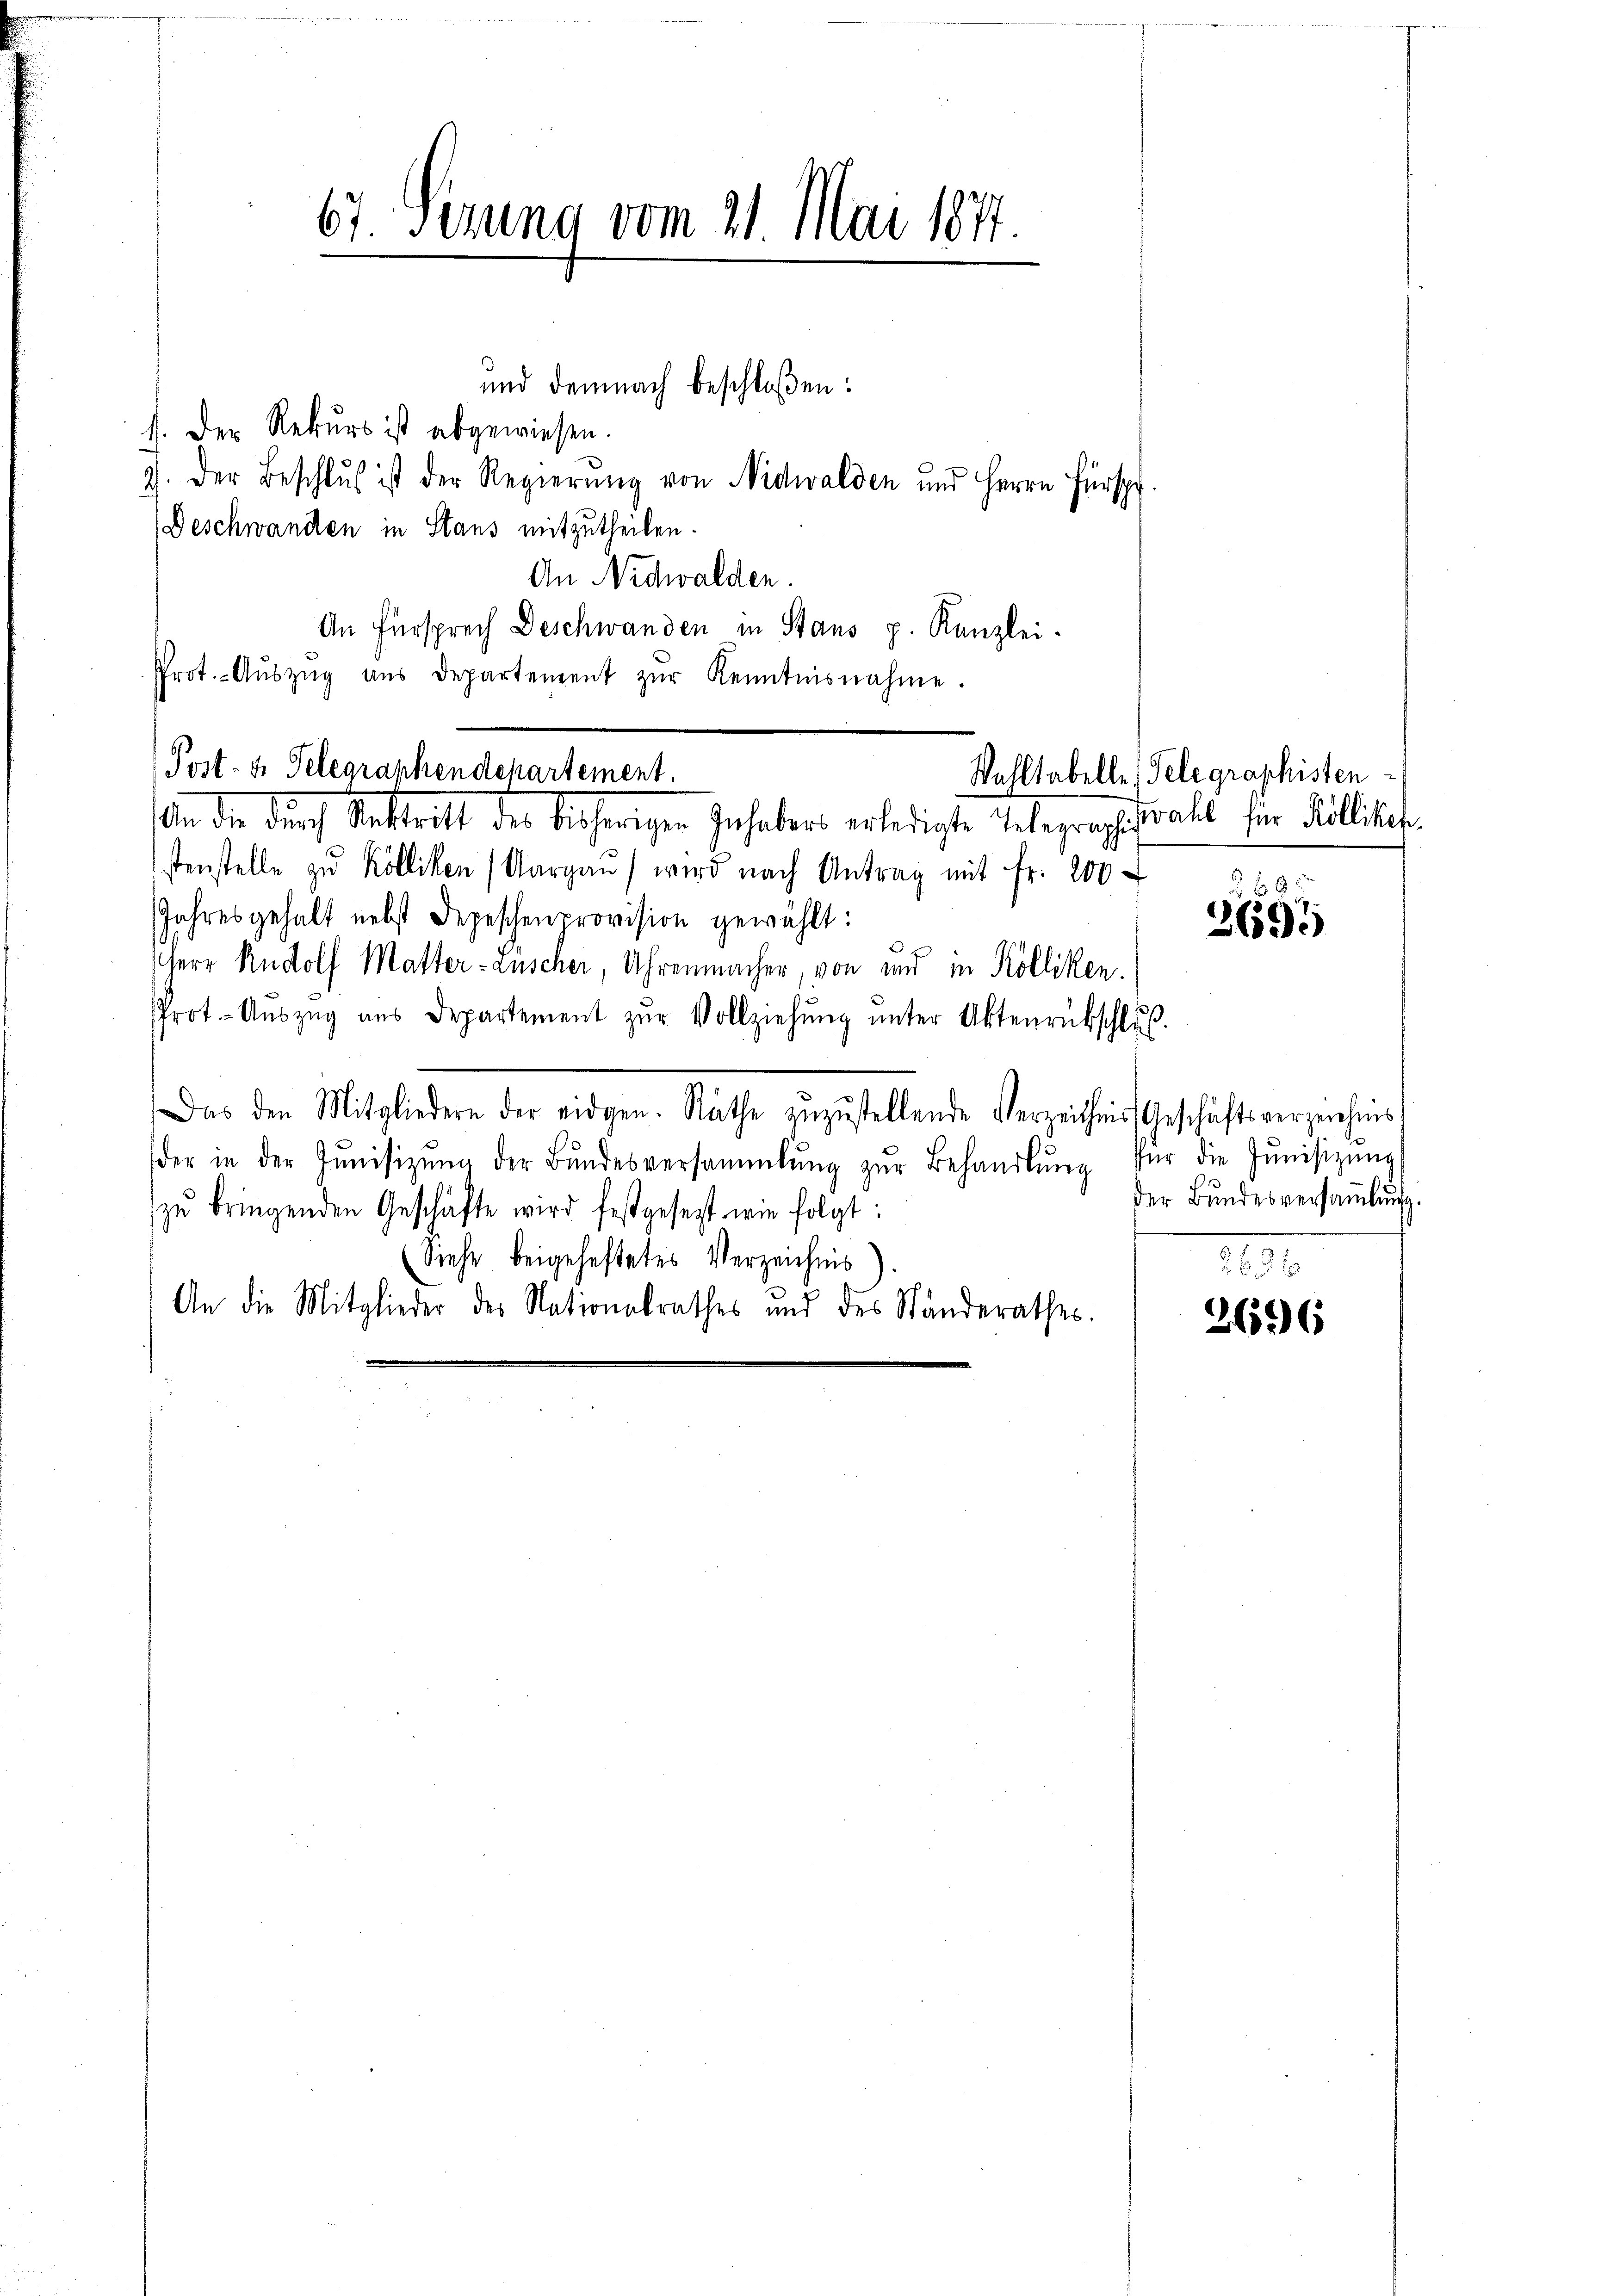
67. Sezung vom 21. Mai 1877

und demnach beschloßen:
J. Der Rekurs ist abgewiesen.
2. Der Beschlus ist der Regierung von Nidwalden und Herrn Fürspr
Beschwanden in Stans mitzutheilen.
An Nidwalden.
An Fürsprech Deschwanden in Stans p. Kanzlei-
Prot.- Aŭszŭg aŭs Departement zŭr Kenntnisnahme.

An die durch Rektritt der bisherigen Inhabers erledigte Telegragistrahl für Füllikofe
stenstelle zŭ Kölliken (Aargaŭ) wird nach Antrag mit Fr. 200
Jahresgehalt nebst Depeschenprovision gewählt:
Herr Rudolf Matter-Anscher, Uhrenmacher, von und in Kölliken.
Prot. Aŭszŭg aŭs Departement zŭr Vollziehŭng ŭnter Aktenrübschluß.
Das den Mitgliedern der eidgen. Räthe zŭzŭstellende Verzeichnis Geschäftsverzeichnis
der in der Jŭnisizŭng der Bŭndesversammlung zŭr Behandlŭng für die Jŭnisizŭng
zŭ bringenden Geschäfte wird festgesetzt wie folgt:
Siehe beigeheftetes Verzeichnis
An die Mitglieder des Nationalrathes und des Ständerathes.

Post- u. Telegraphendepartement.

Wohltabelle, Telegraphisten

2 f 0 x
2695

der Bundesversammlung.

3696